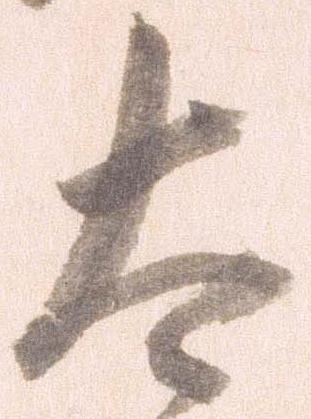
太